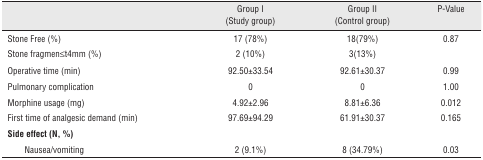
<table><thead><tr><td colspan="2"></td><td><b>Group I (Study group)</b></td><td><b>Group II (Control group)</b></td><td><b>P-Value</b></td></tr></thead><tbody><tr><td colspan="2">Stone Free (%)</td><td>17 (78%)</td><td>18(79%)</td><td>0.87</td></tr><tr><td colspan="2">Stone fragmen≤t4mm (%)</td><td>2 (10%)</td><td>3(13%)</td><td></td></tr><tr><td colspan="2">Operative time (min)</td><td>92.50±33.54</td><td>92.61±30.37</td><td>0.99</td></tr><tr><td colspan="2">Pulmonary complication</td><td>0</td><td>0</td><td>1.00</td></tr><tr><td colspan="2">Morphine usage (mg)</td><td>4.92±2.96</td><td>8.81±6.36</td><td>0.012</td></tr><tr><td colspan="2">First time of analgesic demand (min)</td><td>97.69±94.29</td><td>61.91±30.37</td><td>0.165</td></tr><tr><td colspan="5"><b>Side effect (N, %)</b></td></tr><tr><td></td><td>Nausea/vomiting</td><td>2 (9.1%)</td><td>8 (34.79%)</td><td>0.03</td></tr></tbody></table>